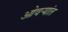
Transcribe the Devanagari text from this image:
ओवर्‍यांत